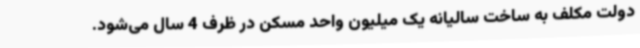
دولت مکلف به ساخت سالیانه یک میلیون واحد مسکن در ظرف 4 سال می‌شود.